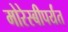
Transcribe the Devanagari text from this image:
मोरेस्बीपर्यंत